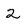
Character: 2